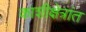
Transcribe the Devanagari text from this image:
काशीक्षेत्रांत